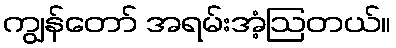
ကျွန်တော် အရမ်းအံ့ဩတယ်။